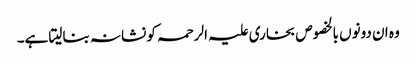
وہ ان دونوں بالخصوص بخاری علیہ الرحمہ کو نشانہ بنالیتا ہے۔